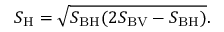
S _ { \mathrm { H } } = \sqrt { S _ { \mathrm { B H } } ( 2 S _ { \mathrm { B V } } - S _ { \mathrm { B H } } ) } .